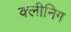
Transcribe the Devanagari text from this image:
क्लीनिग